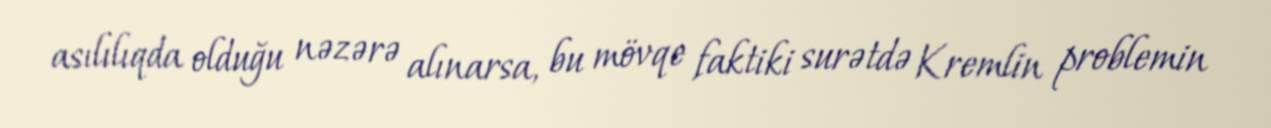
asılılıqda olduğu nəzərə alınarsa, bu mövqe faktiki surətdə Kremlin problemin